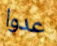
عدوا